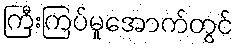
ကြီးကြပ်မှုအောက်တွင်